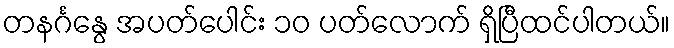
တနင်္ဂနွေ အပတ်ပေါင်း ၁၀ ပတ်လောက် ရှိပြီထင်ပါတယ်။